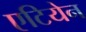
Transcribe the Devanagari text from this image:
एटियेन